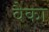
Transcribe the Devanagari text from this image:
वैका